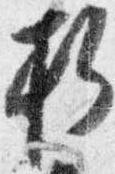
折